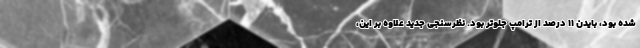
شده بود، بایدن ۱۱ درصد از ترامپ جلوتر بود. نظرسنجی جدید علاوه بر این،